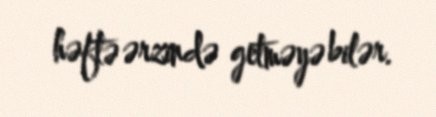
həftə ərzində getməyə bilər.